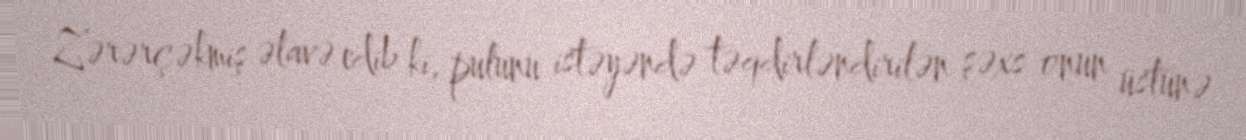
Zərərçəkmiş əlavə edib ki, pulunu istəyəndə təqdirləndirilən şəxs onun üstünə